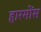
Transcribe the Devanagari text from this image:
हारमोंस